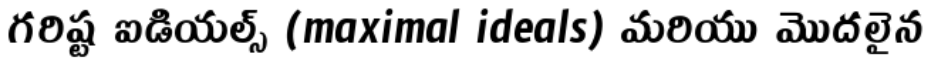
గరిష్ట ఐడియల్స్ (maximal ideals) మరియు మొదలైన